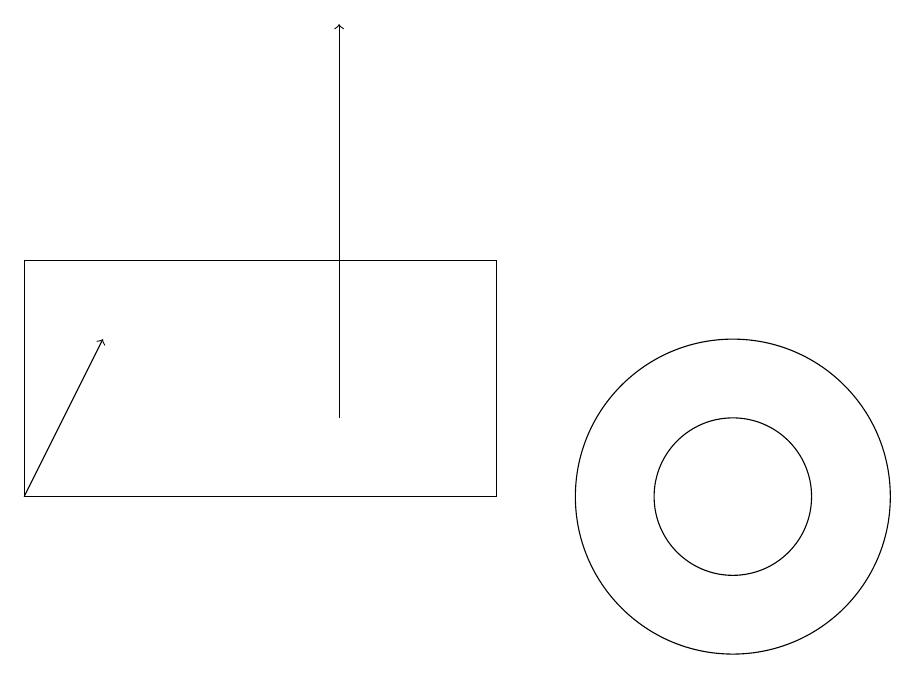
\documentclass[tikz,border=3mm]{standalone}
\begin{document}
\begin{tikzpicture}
\draw (10,11) circle (2);
\draw (1,11) rectangle (7,14);
\draw[->] (5,12) -- (5,17);
\draw[->] (1,11) -- (2,13);
\draw (6,11) rectangle (1,11);
\draw (10,11) circle (1);
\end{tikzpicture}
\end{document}